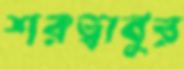
শরত্বাবুর